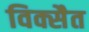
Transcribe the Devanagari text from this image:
विक्सैत